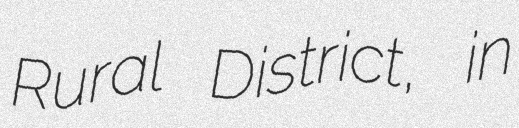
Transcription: Rural District, in